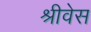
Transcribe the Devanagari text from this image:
श्रीवेस